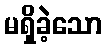
မရှိခဲ့သော